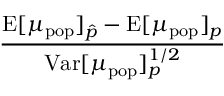
\frac { \mathrm { E } [ \mu _ { \mathrm { p o p } } ] _ { \hat { p } } - \mathrm { E } [ \mu _ { \mathrm { p o p } } ] _ { p } } { \mathrm { V a r } [ \mu _ { \mathrm { p o p } } ] _ { p } ^ { 1 / 2 } }